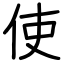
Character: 使